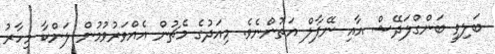
ބަލިވީ ބަންގްލަދޭޝް އާއި ނޭޕާލް އަތުންނެވެ. މިއަދުގެ މެޗުން އެއްވަރުވުމުން ލަންކާ މިހާރު